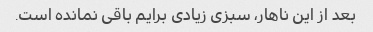
بعد از این ناهار، سبزی زیادی برایم باقی نمانده است.